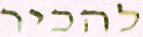
להכיר